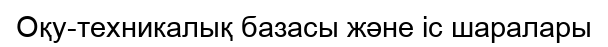
Оқу-техникалық базасы және іс шаралары